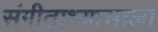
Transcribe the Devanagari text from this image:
संगीताभ्यासाला